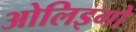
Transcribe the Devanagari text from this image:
ओलिइगो